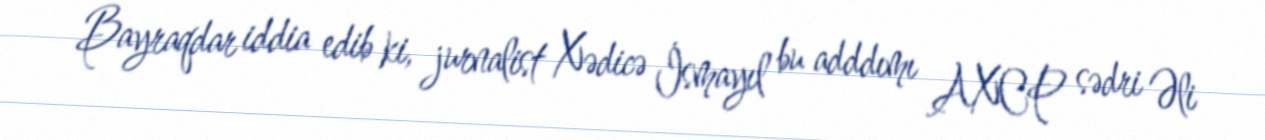
Bayraqdar iddia edib ki, jurnalist Xədicə İsmayıl bu adddımı AXCP sədri Əli